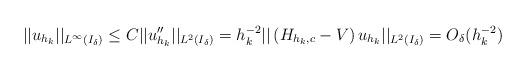
LaTeX: \begin{align*}||u_{h_k}||_{L^\infty(I_\delta)} \leq C ||u_{h_k}''||_{L^2(I_\delta)} = h_k^{-2}||\left( H_{h_k,c} - V\right)u_{h_k}||_{L^2(I_\delta)} = O_\delta(h_k^{-2}) \end{align*}